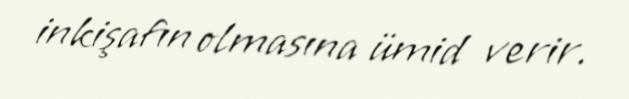
inkişafın olmasına ümid verir.